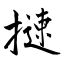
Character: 𢳪